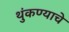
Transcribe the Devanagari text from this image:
थुंकण्याचे